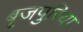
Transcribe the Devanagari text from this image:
बृजपुरिया